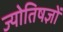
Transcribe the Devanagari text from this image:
ज्योतिषज्ञों